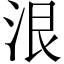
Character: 泿